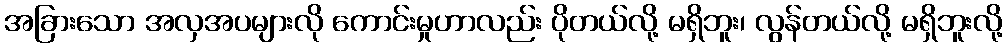
အခြားသော အလှအပများလို ကောင်းမှုဟာလည်း ပိုတယ်လို့ မရှိဘူး၊ လွန်တယ်လို့ မရှိဘူးလို့